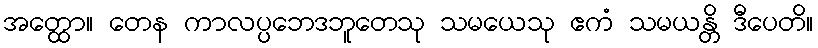
အတ္ထော။ တေန ကာလပ္ပဘေဒဘူတေသု သမယေသု ဧကံ သမယန္တိ ဒီပေတိ။